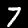
Label: 7